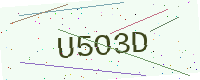
Text: U5O3D